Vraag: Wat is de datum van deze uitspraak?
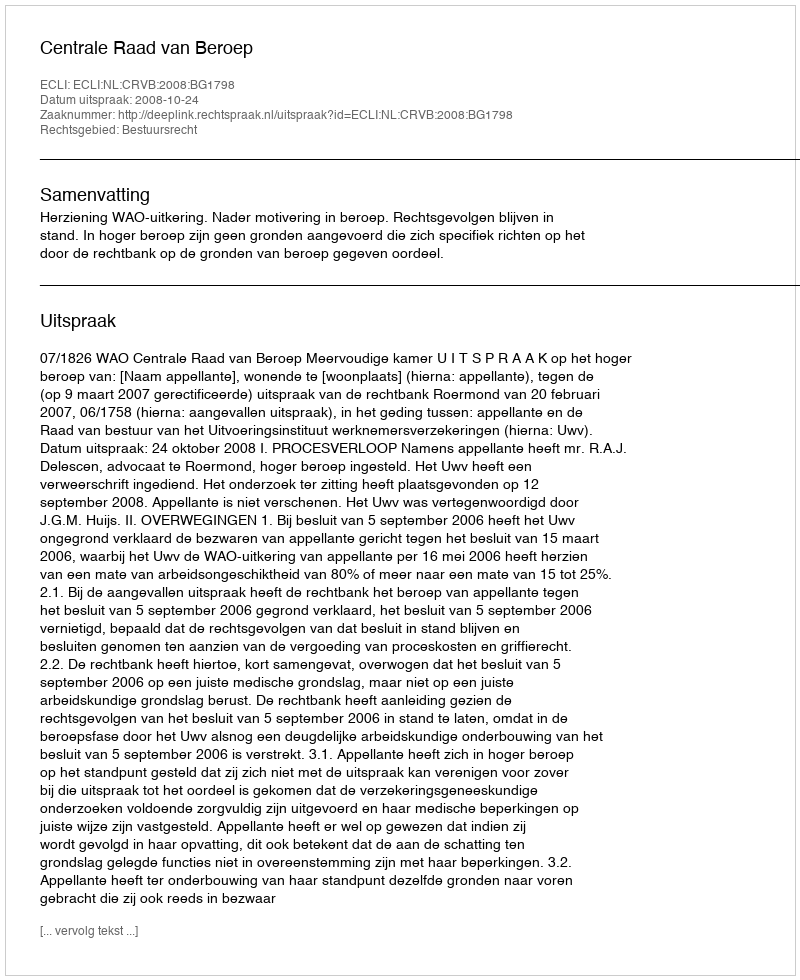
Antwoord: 2008-10-24